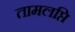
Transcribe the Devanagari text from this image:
तामलप्ति